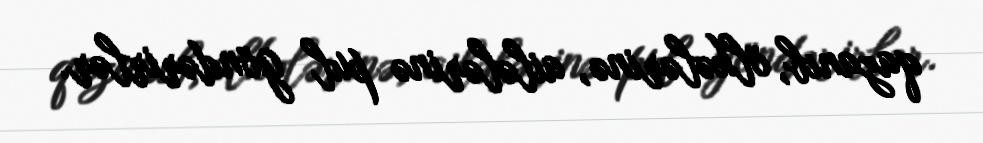
qazanıb, ölkələrinə, ailələrinə pul göndərirlər.